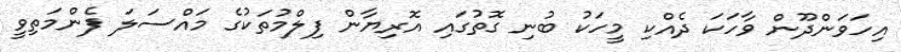
އިހަވަންދޫން ވާހަކަ ދެއްކި މީހަކު ބުނި ގޮތުގައި އޮރިޔާން ފިލްމުތަކުގެ މައްސަލަ ފެންމަތިވީ